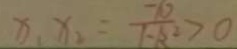
x _ { 1 } x _ { 2 } = \frac { - 1 0 } { 1 - k ^ { 2 } } > 0